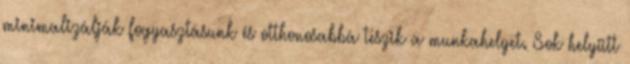
minimalizálják fogyasztásunk és otthonosabbá teszik a munkahelyet. Sok helyütt